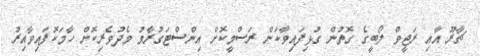
ޗާރޫ އާއި ރަޖީވް ލޯބީގެ ގޮތުން ގުޅިފައިވާކަން ރަސްމީކޮށް އިންސްޓަގުރާމު މެދުވެރިކޮށް ހާމަކޮފައިވާއިރު